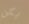
يكن